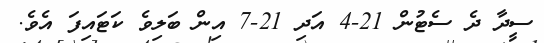
ސީދާ ދެ ސެޓުން 21-4 އަދި 21-7 އިން ބަލިވެ ކަޓައިފަ އެވެ.